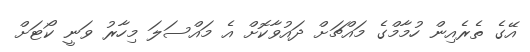
އޭގެ ތެރެއިން ހުމާމްގެ މައްޗަށް ދައުވާކޮށް އެ މައްސަލަ މިހާރު ވަނީ ކޯޓަށް